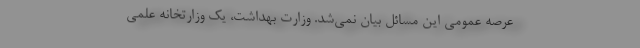
عرصه عمومی این مسائل بیان نمی‌شد. وزارت بهداشت، یک وزارتخانه علمی